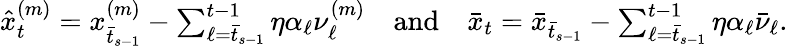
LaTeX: \begin{array}{r}{\hat{x}_{t}^{(m)}=x_{\bar{t}_{s-1}}^{(m)}-\sum_{\ell=\bar{t}_{s-1}}^{t-1}\eta\alpha_{\ell}\nu_{\ell}^{(m)}\quad\mathrm{and}\quad\bar{x}_{t}=\bar{x}_{\bar{t}_{s-1}}-\sum_{\ell=\bar{t}_{s-1}}^{t-1}\eta\alpha_{\ell}\bar{\nu}_{\ell}.}\end{array}